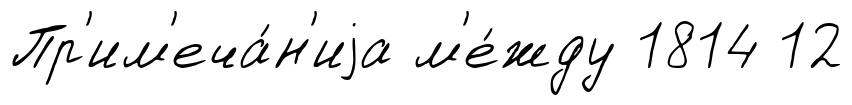
Пр'им'еча́н'иjа м'е́жду 1814 12